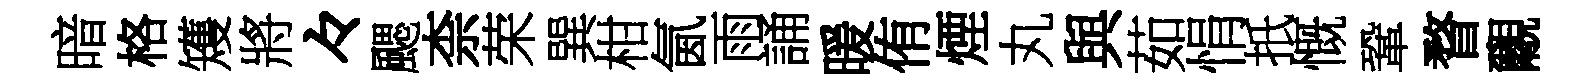
暗格矱將々颸柰荣巽柑氤雨誦暖侑煙丸與茹悁扺慨鞏瞀覼